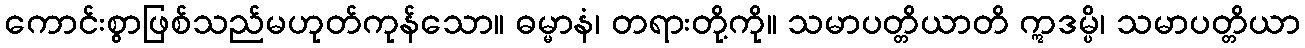
ကောင်းစွာဖြစ်သည်မဟုတ်ကုန်သော။ ဓမ္မာနံ၊ တရားတို့ကို။ သမာပတ္တိယာတိ ဣဒမ္ပိ၊ သမာပတ္တိယာ